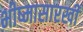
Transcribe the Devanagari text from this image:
भीष्मासारखी